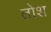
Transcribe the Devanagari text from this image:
तोश